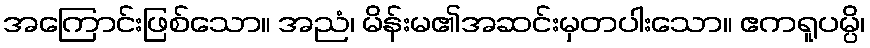
အကြောင်းဖြစ်သော။ အညံ၊ မိန်းမ၏အဆင်းမှတပါးသော။ ဧကရူပမ္ပိ၊